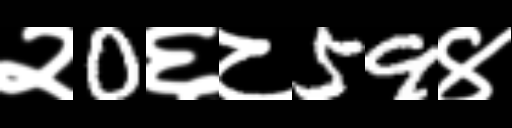
Text: २0६८59४